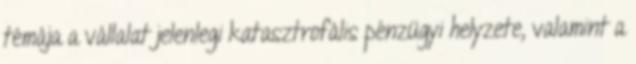
témája a vállalat jelenlegi katasztrofális pénzügyi helyzete, valamint a